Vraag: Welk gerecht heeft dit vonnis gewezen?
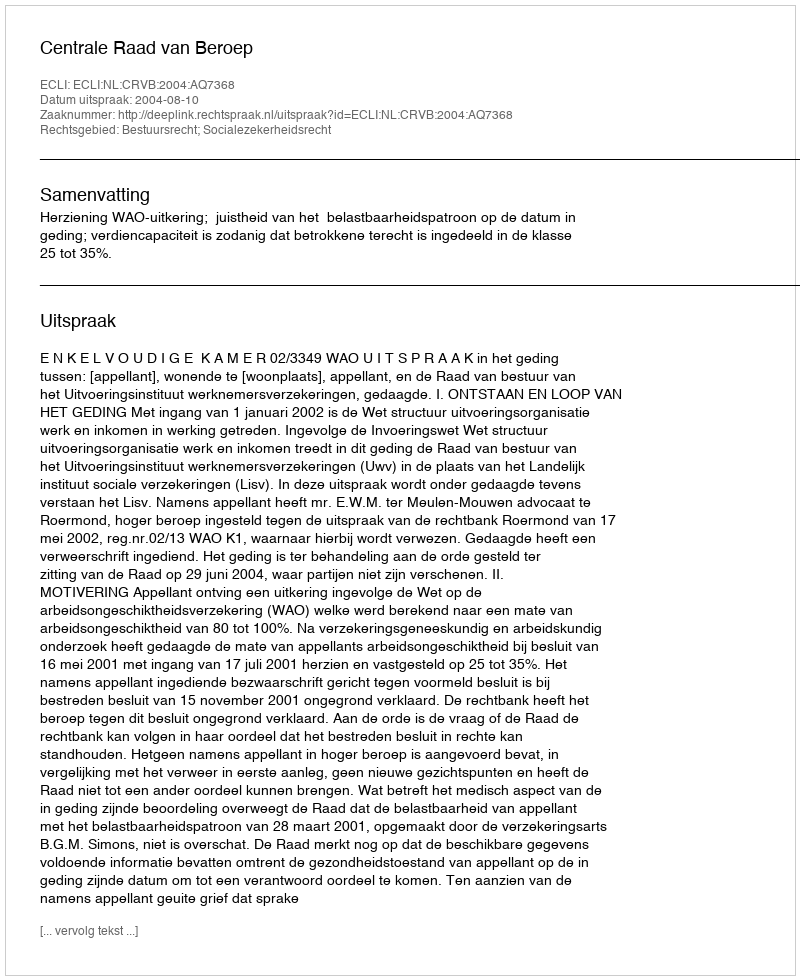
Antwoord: Centrale Raad van Beroep